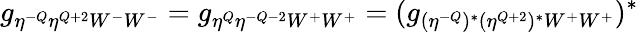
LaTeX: g_{\eta^{-Q}\eta^{Q+2}W^{-}W^{-}}=g_{\eta^{Q}\eta^{-Q-2}W^{+}W^{+}}=(g_{(\eta^{-Q})^{*}(\eta^{Q+2})^{*}W^{+}W^{+}})^{*}